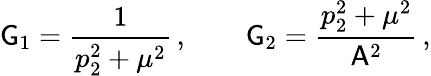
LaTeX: \mathsf{G}_{1}=\frac{1}{p_{2}^{2}+\mu^{2}}\, ,\qquad\mathsf{G}_{2}=\frac{p_{2}^{2}+\mu^{2}}{\mathsf{A}^{2}}\, ,